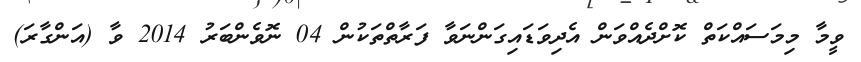
ވީމާ މިމަސައްކަތް ކޮށްދެއްވަން އެދިވަޑައިގަންނަވާ ފަރާތްތަކުން 04 ނޮވެންބަރު 2014 ވާ (އަންގާރަ)